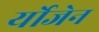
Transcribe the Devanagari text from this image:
र्योजेन